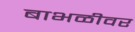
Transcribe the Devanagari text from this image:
बाभळीवर